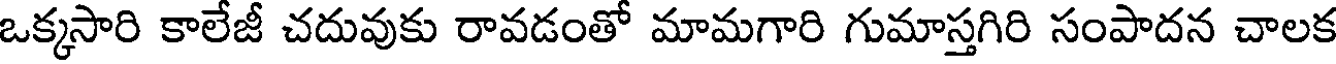
ఒక్కసారి కాలేజీ చదువుకు రావడంతో మామగారి గుమాస్తగిరి సంపాదన చాలక